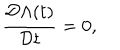
LaTeX: \frac { { \cal D } \Lambda ( t ) } { { \cal D } t } = 0 ,